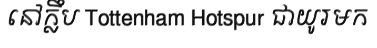
នៅក្លឹប Tottenham Hotspur ជាយូរមក